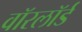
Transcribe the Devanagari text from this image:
वॉरलॉर्ड